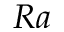
R a